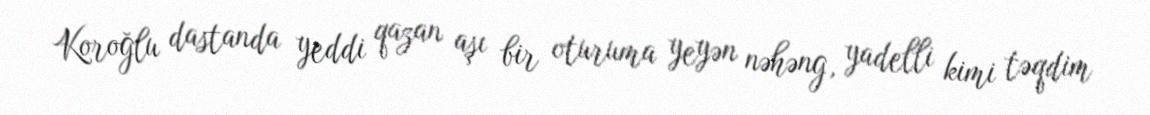
Koroğlu dastanda yeddi qazan aşı bir oturuma yeyən nəhəng, yadelli kimi təqdim